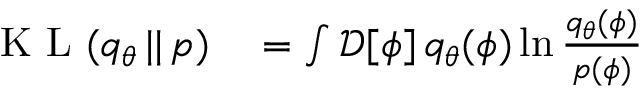
\begin{array} { r l } { \textrm { K L } ( q _ { \theta } \, | | \, p ) } & { { } = \int \mathcal { D } [ \phi ] \, q _ { \theta } ( \phi ) \ln \frac { q _ { \theta } ( \phi ) } { p ( \phi ) } } \end{array}